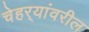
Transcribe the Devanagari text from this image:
चेहर्‍यांवरील